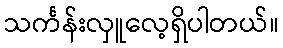
သင်္ကန်းလှူလေ့ရှိပါတယ်။